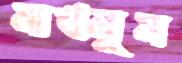
মাখলুম